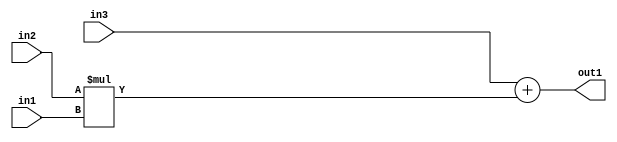
`timescale 1ps / 1ps
/*****************************************************************************
    Verilog RTL Description
    
    
    Created by: Stratus DpOpt 2019.1.01 
*******************************************************************************/

module st_feature_addr_gen_Add2Mul2u8u16u16_4_3 (
	in3,
	in2,
	in1,
	out1
	); /* architecture "behavioural" */ 
input [15:0] in3,
	in2;
input [7:0] in1;
output [15:0] out1;
wire [15:0] asc001;

wire [15:0] asc001_tmp_0;
assign asc001_tmp_0 = 
	+(in3);
assign asc001 = asc001_tmp_0
	+(in2 * in1);

assign out1 = asc001;
endmodule

/* CADENCE  uLHwTAg= : u9/ySgnWtBlWxVPRXgAZ4Og= ** DO NOT EDIT THIS LINE ******/